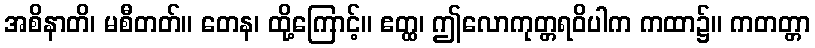
အစိနာတိ၊ မစီတတ်။ တေန၊ ထို့ကြောင့်။ ဧတ္ထ၊ ဤလောကုတ္တရဝိပါက ကထာ၌။ ကတတ္တာ